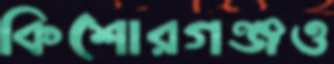
কিশোরগঞ্জও